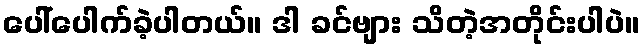
ပေါ်ပေါက်ခဲ့ပါတယ်။ ဒါ ခင်ဗျား သိတဲ့အတိုင်းပါပဲ။